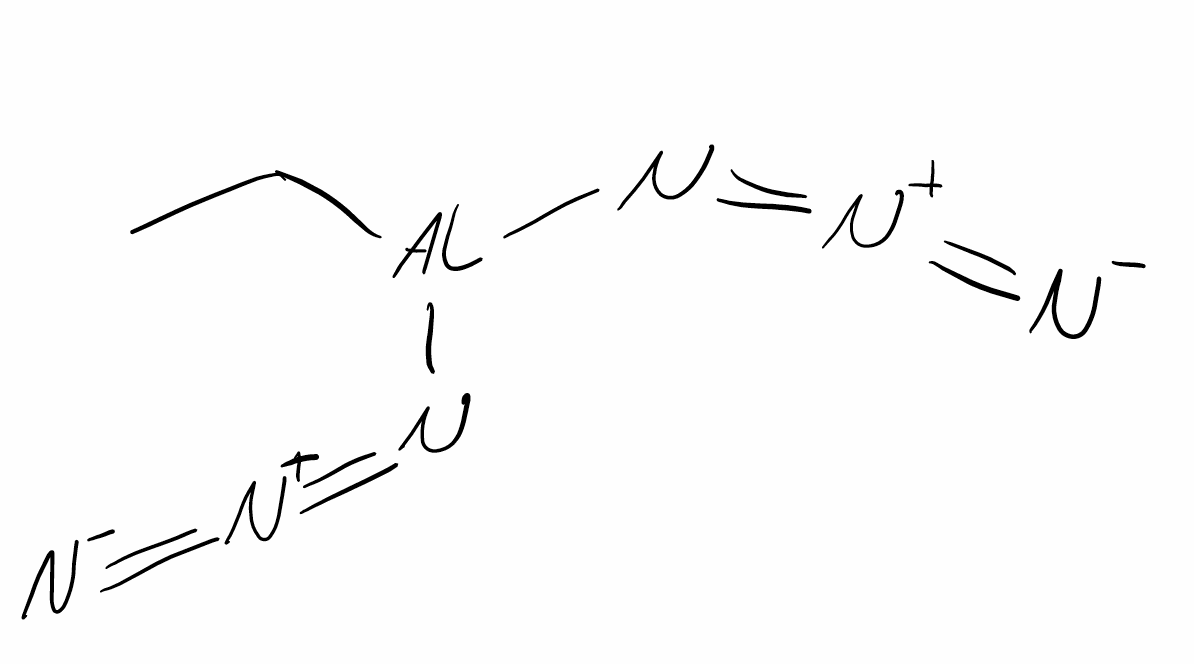
Simplified molecular-input line-entry system (SMILES) notation of the given molecule:
CC[Al](N=[N+]=[N-])N=[N+]=[N-]